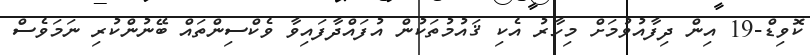
ކޮވިޑް-19 އިން ދިފާއުވުމަށް މިހާރު އެކި ޤައުމުތަކުން އުފައްދާފައިވާ ވެކްސިންތައް ބޭނުންކުރި ނަމަވެސް